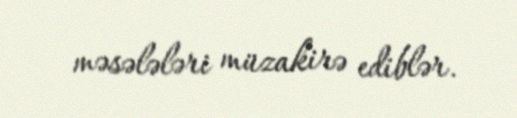
məsələləri müzakirə ediblər.